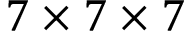
7 \times 7 \times 7